Indian Medical Review
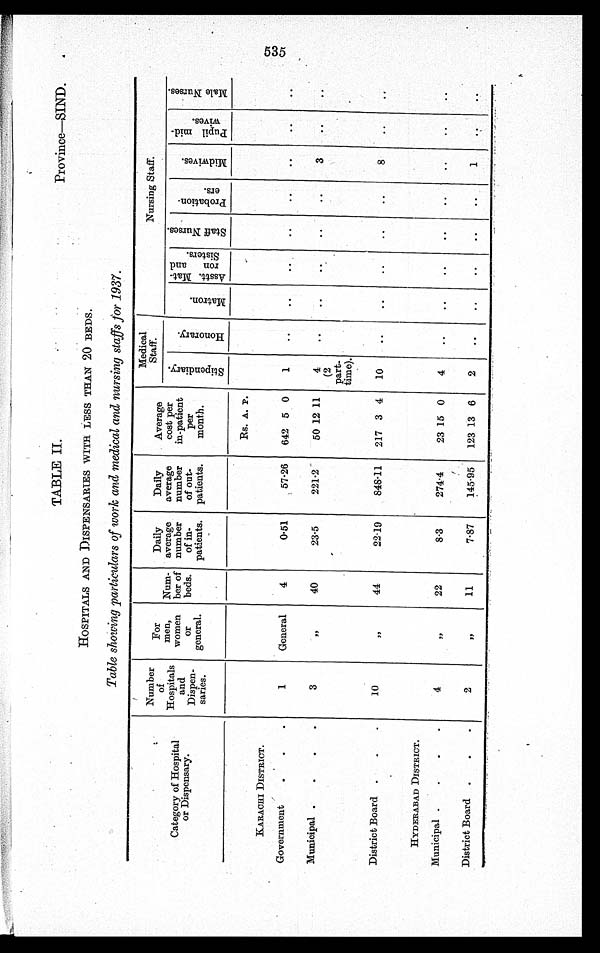
TABLE II.
Province—SIND.
HOSPITALS AND DISPENSARIES WITH LESS THAN 20 BEDS.
Table showing particulars of work and medical and nursing staffs for 1937.
Category a Hospital
or Dispensary.
Number
of
Hospitals
and
Dispen-
saries.
For
men,
women
o r
general.
Num-
ber of
beds.
Daily
average
number
of in-
patients.
Daily
average
number
of out-
patients.
Average
cost per
in-patient
per
month.
Medical
Staff.
Nursing Staff.
S t i p r n d o a r u .
H o n o r a r y .
M a t r o n . ,
A s s t . M a t - r o n a n d S i s t e r s .
S t a f f N u r s e s .
P r o b a t i o n e r s .
M i d w i v e s .
P u p i l m i d - w i v e s .
M a l e N u r s e s .
KARACHI DISTRICT.
1
General
4
0.51
57.26
Rs. A.. P.
1
. .
..
. .
. .
..
..
..
..
Government
.
.
.
642 5 0
Municipal .
.
.
.
3
„ 40
23.5
221.2
50 12 11
4
(2
part-
time).
..
..
..
..
..
3
..
..
District Board .
.
.
10
„
44
22.19
848.11
217 3 4
10
..
..
..
..
..
8
. .
. .
HYDERABAD DISTRICT.
4
„ 22
8.3
274.4
23 15 0
4
..
..
..
..
..
..
..
..
Municipal .
.
.
.
District Board
.
.
.
2
„ 11
7.87
145.95
123 13 6
2
..
. .
..
..
..
1
. . ..
535